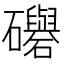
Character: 𥗵